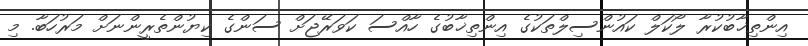
އިންތިޚާބުކުރާ ލޯކަލް ކައުންސިލްތަކުގެ އިންތިޚާބުގެ ހާއްސަ ކަވަރޭޖަށް ސަންގެ ކިޔުންތެރީންނަށް މަރުހަބާ. މި